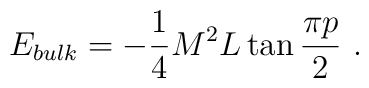
E_{bulk}=-\displaystyle\frac{1}{4}M^{2}L\tan \displaystyle\frac{\pi p}{2}\, \, .